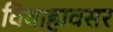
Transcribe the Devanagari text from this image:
विवाहावसर